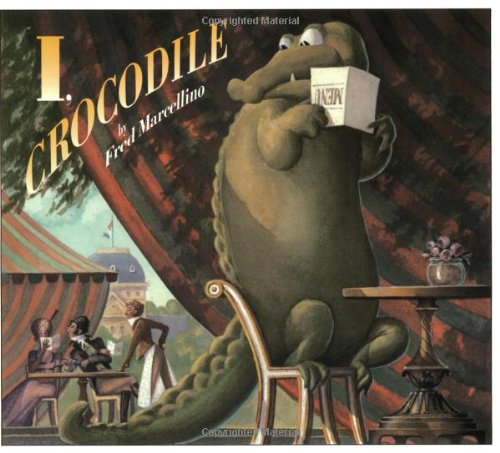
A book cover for I, Crocodile; Fred Marcellino; Children's Books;